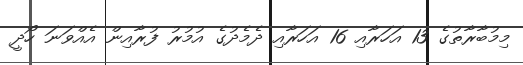
މިމުބާރާތުގެ 13 އަހަރާއި 16 އަހަރާއި ދެމެދުގެ އުމުރު ފުރާއިން އެއްވަނަ ހޯދީ